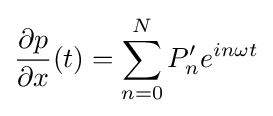
{\frac {\partial p}{\partial x}}(t)=\sum _{n=0}^{N}P'_{n}e^{in\omega t}